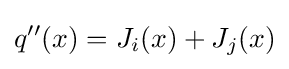
q''(x)=J_{i}(x)+J_{j}(x)